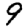
Digit: 9